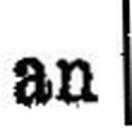
an